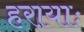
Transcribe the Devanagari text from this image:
हरायाः